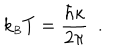
k _ { \scriptscriptstyle B } T = { \frac { \hbar \kappa } { 2 \pi } } \ \ .